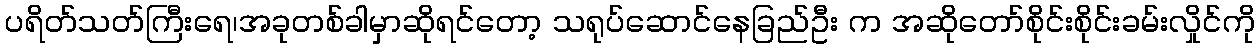
ပရိတ်သတ်ကြီးရေ၊အခုတစ်ခါမှာဆိုရင်တော့ သရုပ်ဆောင်နေခြည်ဦး က အဆိုတော်စိုင်းစိုင်းခမ်းလှိုင်ကို